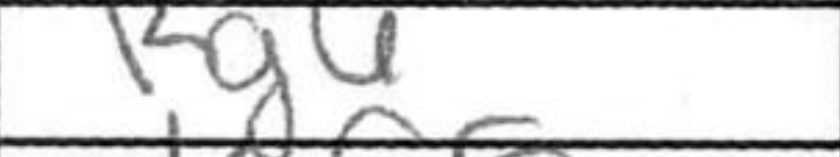
Transcription: Kg6